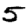
Digit: 5